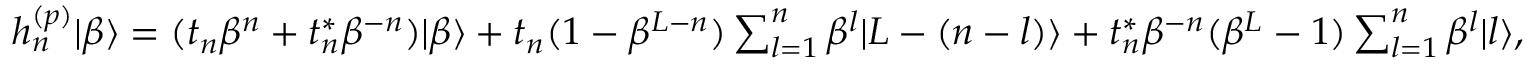
\begin{array} { r } { h _ { n } ^ { ( p ) } | \beta \rangle = ( t _ { n } \beta ^ { n } + t _ { n } ^ { \ast } \beta ^ { - n } ) | \beta \rangle + t _ { n } ( 1 - \beta ^ { L - n } ) \sum _ { l = 1 } ^ { n } \beta ^ { l } | L - ( n - l ) \rangle + t _ { n } ^ { \ast } \beta ^ { - n } ( \beta ^ { L } - 1 ) \sum _ { l = 1 } ^ { n } \beta ^ { l } | l \rangle , } \end{array}